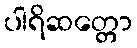
ပါရိဆတ္တော